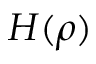
H ( \rho )